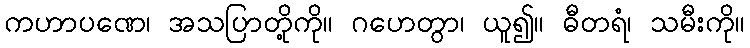
ကဟာပဏေ၊ အသပြာတို့ကို။ ဂဟေတွာ၊ ယူ၍။ ဓီတရံ၊ သမီးကို။